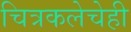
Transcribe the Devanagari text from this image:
चित्रकलेचेही